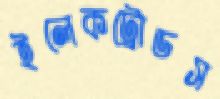
ইলেকট্রোডস